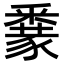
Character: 𨤜